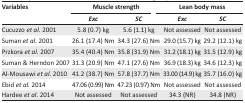
<table><thead><tr><td rowspan="3"><b>Variables</b></td><td colspan="2"><b>Muscle strength</b></td><td colspan="2"><b>Lean body mass</b></td></tr><tr><td><b><i>Exc</i></b></td><td><b><i>SC</i></b></td><td><b><i>Exc</i></b></td><td><b><i>SC</i></b></td></tr></thead><tbody><tr><td>Cucuzzo <i>et al</i>. 2001</td><td>5.8 (0.7) kg</td><td>5.6 (1.1) kg</td><td>Not assessed</td><td>Not assessed</td></tr><tr><td>Suman <i>et al</i>. 2001</td><td>26.1 (17.4) Nm</td><td>34.3 (27.6) Nm</td><td>29.0 (15.7) kg</td><td>29.2 (12.1) kg</td></tr><tr><td>Przkora <i>et al</i>. 2007</td><td>35.4 (40.4) Nm</td><td>35.8 (31.9) Nm</td><td>31.2 (18.1) kg</td><td>31.5 (12.9) kg</td></tr><tr><td>Suman &amp; Herndon 2007</td><td>31.3 (20.9) Nm</td><td>47.1 (27.6) Nm</td><td>36.9 (18.3) kg</td><td>34.6 (12.3) kg</td></tr><tr><td>Al-Mousawi <i>et al</i>. 2010</td><td>41.2 (38.7) Nm</td><td>57.8 (37.7) Nm</td><td>33.00 (14.9) kg</td><td>35.7 (16.0) kg</td></tr><tr><td>Ebid <i>et al</i>. 2014</td><td>47.06 (0.99) Nm</td><td>47.23 (0.97) Nm</td><td>Not assessed</td><td>Not assessed</td></tr><tr><td>Hardee <i>et al</i>. 2014</td><td>Not assessed</td><td>Not assessed</td><td>34.3 (NR)</td><td>34.8 (NR)</td></tr></tbody></table>